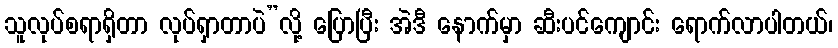
သူလုပ်စရာရှိတာ လုပ်ရှာတာပဲ”လို့ ပြောပြီး အဲဒီ နောက်မှာ ဆီးပင်ကျောင်း ရောက်လာပါတယ်၊